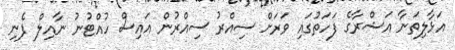
އަޅާލިތަނާ އަޝްރާގެ ފަހަތުގައި ވަރަށް ސިއްރު ސިއްރުން އައިސް ހުއްޓުނު ނާއިލް ފެނި